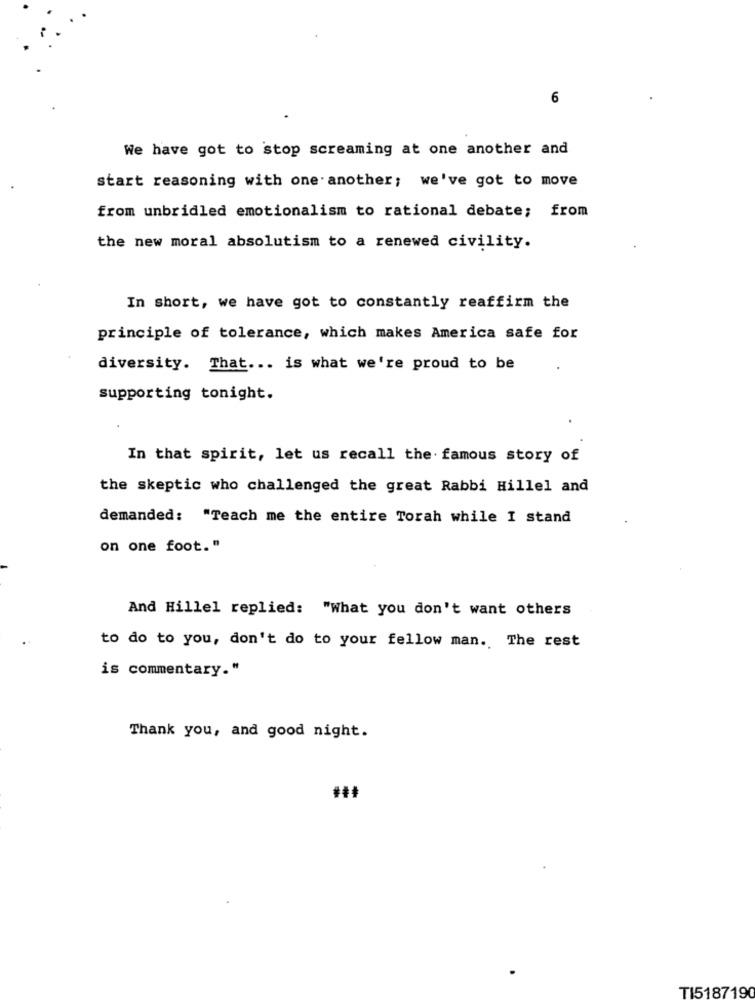
6
We have got to stop screaming at one another and
start reasoning with one another; we've got to move
from unbridled emotionalism to rational debate; from
the new moral absolutism to a renewed civility.
In short, we have got to constantly reaffirm the
principle of tolerance, which makes America safe for
diversity. That ... is what we're proud to be
supporting tonight.
In that spirit, let us recall the famous story of
the skeptic who challenged the great Rabbi Hillel and
demanded: "Teach me the entire Torah while I stand
on one foot."
And Hillel replied: "What you don't want others
to do to you, don't do to your fellow man. The rest
is commentary."
Thank you, and good night.
TI5187190